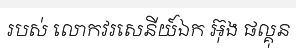
របស់ លោកវរសេនីយ៍ឯក អ៊ុង ផល្គុន